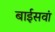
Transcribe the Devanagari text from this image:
बाईसवां